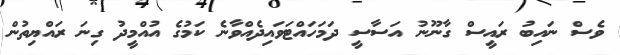
ވެސް ނައިބު ރައީސް ގާނޫނު އަސާސީ ދަމަހައްޓަވައިދެއްވާނެ ކަމުގެ އުއްމީދު ގިނަ ރައްޔިތުން